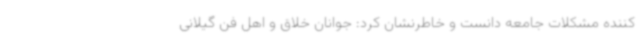
کننده مشکلات جامعه دانست و خاطرنشان کرد: جوانان خلاق و اهل فن گیلانی